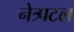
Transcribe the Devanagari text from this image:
नेत्र्पटल